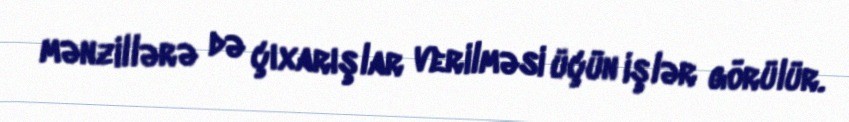
mənzillərə də çıxarışlar verilməsi üçün işlər görülür.